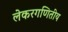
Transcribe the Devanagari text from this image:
लेकरगणितीय